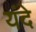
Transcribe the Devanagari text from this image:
यंदे